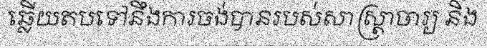
ឆ្លើយតបទៅនឹងការចង់បានរបស់សាស្ត្រាចារ្យ និង